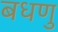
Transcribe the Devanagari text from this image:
बधणु